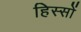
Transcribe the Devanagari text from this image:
हिस्सों